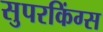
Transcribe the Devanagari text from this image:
सुपरकिंग्स